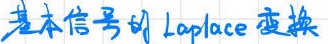
基本信号的 Laplace 变换